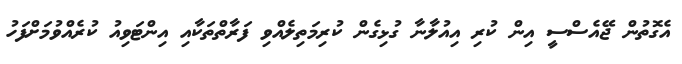
އެގޮތުން ޖޭއެސްސީ އިން ކުރި އިއުލާނާ ގުޅިގެން ކުރިމަތިލެއްވި ފަރާތްތަކާއި އިންޓަވިއު ކުރެއްވުމަށްފަހު